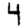
Digit: 4